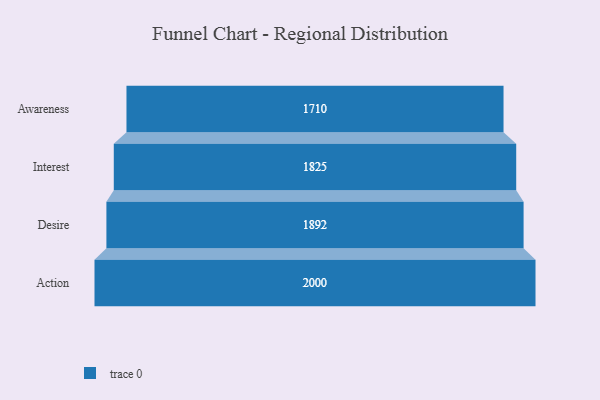
{"axis": {"x": "Stage", "y": "Value"}, "legend": [""], "data": [{"x": "Awareness", "y": 1710.0, "type": ""}, {"x": "Interest", "y": 1825.0, "type": ""}, {"x": "Desire", "y": 1892.0, "type": ""}, {"x": "Action", "y": 2000, "type": ""}]}